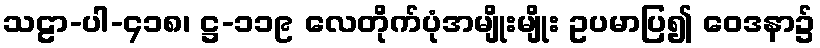
သဠာ-ပါ-၄၁၈၊ ဋ္ဌ-၁၁၉ လေတိုက်ပုံအမျိုးမျိုး ဥပမာပြ၍ ဝေဒနာ၌